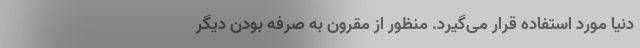
دنیا مورد استفاده قرار می‌گیرد. منظور از مقرون به صرفه بودن دیگر